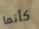
كأنما